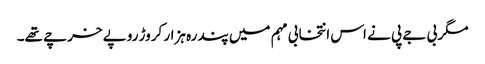
مگر بی جے پی نے اس انتخابی مہم میں پندرہ ہزار کروڑ روپے خرچے تھے۔